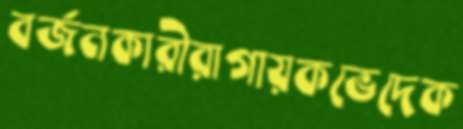
বর্জনকারীরাগায়কভেদেক